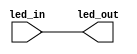
`timescale 1ns / 1ps
//////////////////////////////////////////////////////////////////////////////////
// Company: 
// Engineer: 
// 
// Design Name: 
// Module Name: Led
// Project Name: 
// Target Devices: 
// Tool Versions: 
// Description: 
// 
// Dependencies: 
// 
// Revision:
// Revision 0.01 - File Created
// Additional Comments:
// 
//////////////////////////////////////////////////////////////////////////////////


module Led(
input [7:0] led_in,
output [7:0] led_out
    );
    assign led_out = led_in;
endmodule